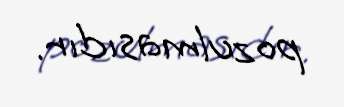
pozulmasıdır.